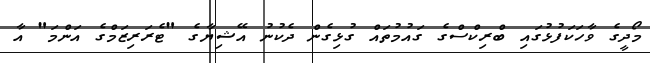
މޯދީގެ ވާހަކަފުޅުގައި ބްރިކްސްގެ ގައުމުތައް ގުޅިގެން ދެކުނު އޭޝިޔާގެ "ޓެރަރިޒަމްގެ އަންމަ" އާ